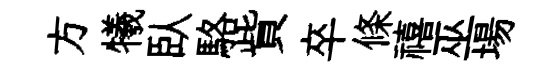
方犧臥駱貲卒條禧巫場